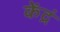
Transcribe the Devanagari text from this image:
केंद्रं